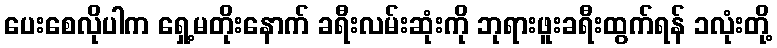
ပေးစေလိုပါက ရှေ့မတိုးနောက် ခရီးလမ်းဆုံးကို ဘုရားဖူးခရီးထွက်ရန် ၁လုံးတို့